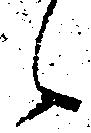
候